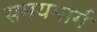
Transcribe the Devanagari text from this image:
समयमार्ग